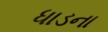
ધાડના